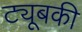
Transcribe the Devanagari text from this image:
ट्यूबकी